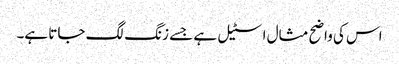
اس کی واضح مثال اسٹیل ہے جسے زنگ لگ جاتا ہے۔